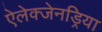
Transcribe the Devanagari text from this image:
ऐलेक्जेनड्रिया